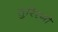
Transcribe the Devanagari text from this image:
तुरिस्मो